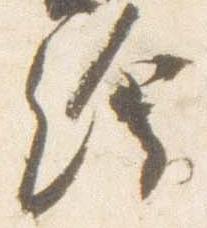
絵